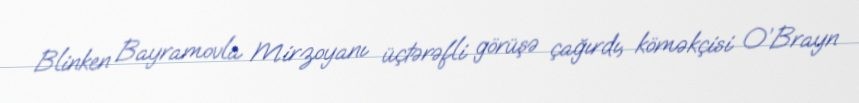
Blinken Bayramovla Mirzoyanı üçtərəfli görüşə çağırdı, köməkçisi O’Brayn